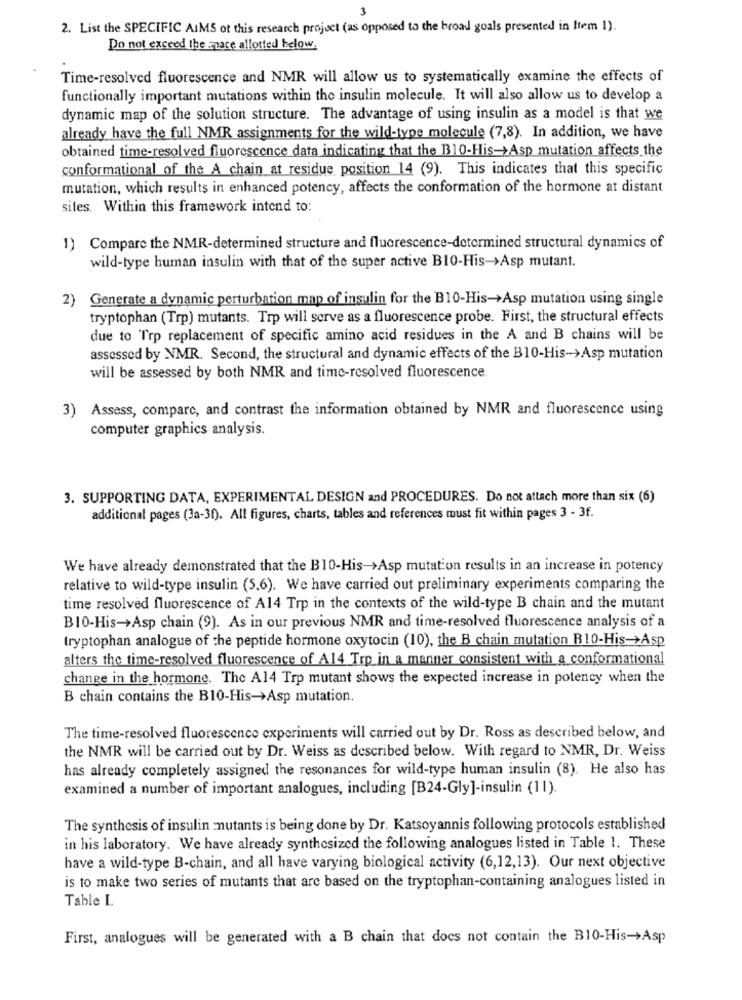
2. List the SPECIFIC AIMS ot this research project (as opposed to the broad goals presented in Item 1).
Do not exceed the space allotted helow,
Time-resolved fluorescence and NMR will allow us to systematically examine the effects of
functionally important mutations within the insulin molecule. It will also allow us to develop a
dynamic map of the solution structure. The advantage of using insulin as a model is that we
already have the full NMR assignments for the wild-type molecule (7,8). In addition, we have
obtained time-resolved fluorescence data indicating that the B310-His->Asp mutation affects the
conformational of the A chain at residue position 14 (9). This indicates that this specific
mutation, which results in enhanced potency, affects the conformation of the hormone at distant
sites. Within this framework intend to:
1) Compare the NMR-determined structure and fluorescence-determined structural dynamics of
wild-type human insulin with that of the super active B10-His->Asp mutant.
2) Generate a dynamic perturbation map of insulin for the B10-His->Asp mutation using single
tryptophan (Trp) mutants. Trp will serve as a fluorescence probe. First, the structural effects
due to 'Trp replacement of specific amino acid residues in the A and B chains will be
assessed by NMR. Second, the structural and dynamic effects of the B10-His->Asp mutation
will be assessed by both NMR and time-resolved fluorescence.
3) Assess, compare, and contrast the information obtained by NMR and fluorescence using
computer graphics analysis.
3. SUPPORTING DATA, EXPERIMENTAL DESIGN and PROCEDURES. Do not attach more than six (6)
additional pages (3a-3f). All figures, charts, tables and references must fit within pages 3 - 3f.
We have already demonstrated that the B10-His->Asp mutation results in an increase in potency
relative to wild-type insulin (5.6). We have carried out preliminary experiments comparing the
time resolved fluorescence of A14 Trp in the contexts of the wild-type B chain and the mutant
B10-His-Asp chain (9). As in our previous NMR and time-resolved fluorescence analysis of a
tryptophan analogue of the peptide hormone oxytocin (10), the B chain mutation B10-His->Asp
alters the time-resolved fluorescence of A14 Tro in a manner consistent with a conformational
change in the hormone. The A14 Trp mutant shows the expected increase in potency when the
B chain contains the B10-His->Asp mutation.
The time-resolved fluorescence experiments will carried out by Dr. Ross as described below, and
the NMR will be carried out by Dr. Weiss as described below. With regard to NMR, Dr. Weiss
has already completely assigned the resonances for wild-type human insulin (8). He also has
examined a number of important analogues, including [B24-Gly]-insulin (11).
The synthesis of insulin mutants is being done by Dr. Katsoyannis following protocols established
in his laboratory. We have already synthesized the following analogues listed in Table 1. These
have a wild-type B-chain, and all have varying biological activity (6,12,13). Our next objective
is to make two series of mutants that are based on the tryptophan-containing analogues listed in
Table I.
First, analogues will be generated with a B chain that does not contain the B10-His->Asp